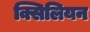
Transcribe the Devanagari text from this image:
क्सिलियन